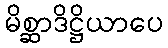
မိစ္ဆာဒိဋ္ဌိယာပေ